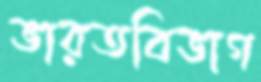
ভারতবিভাগ